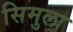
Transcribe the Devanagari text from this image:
सिमुला